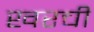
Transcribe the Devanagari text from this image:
खरची